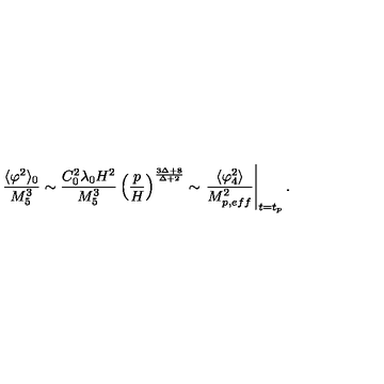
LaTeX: \frac { \langle \varphi ^ { 2 } \rangle _ { 0 } } { M _ { 5 } ^ { 3 } } \sim \frac { C _ { 0 } ^ { 2 } \lambda _ { 0 } H ^ { 2 } } { M _ { 5 } ^ { 3 } } \left( \frac { p } { H } \right) ^ { \frac { 3 \Delta + 8 } { \Delta + 2 } } \sim \left. \frac { \langle \varphi _ { 4 } ^ { 2 } \rangle } { M _ { p , e f f } ^ { 2 } } \right\vert _ { t = t _ { p } } .